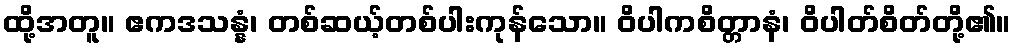
ထို့အတူ။ ဧကဒသန္နံ၊ တစ်ဆယ့်တစ်ပါးကုန်သော။ ဝိပါကစိတ္တာနံ၊ ဝိပါတ်စိတ်တို့၏။